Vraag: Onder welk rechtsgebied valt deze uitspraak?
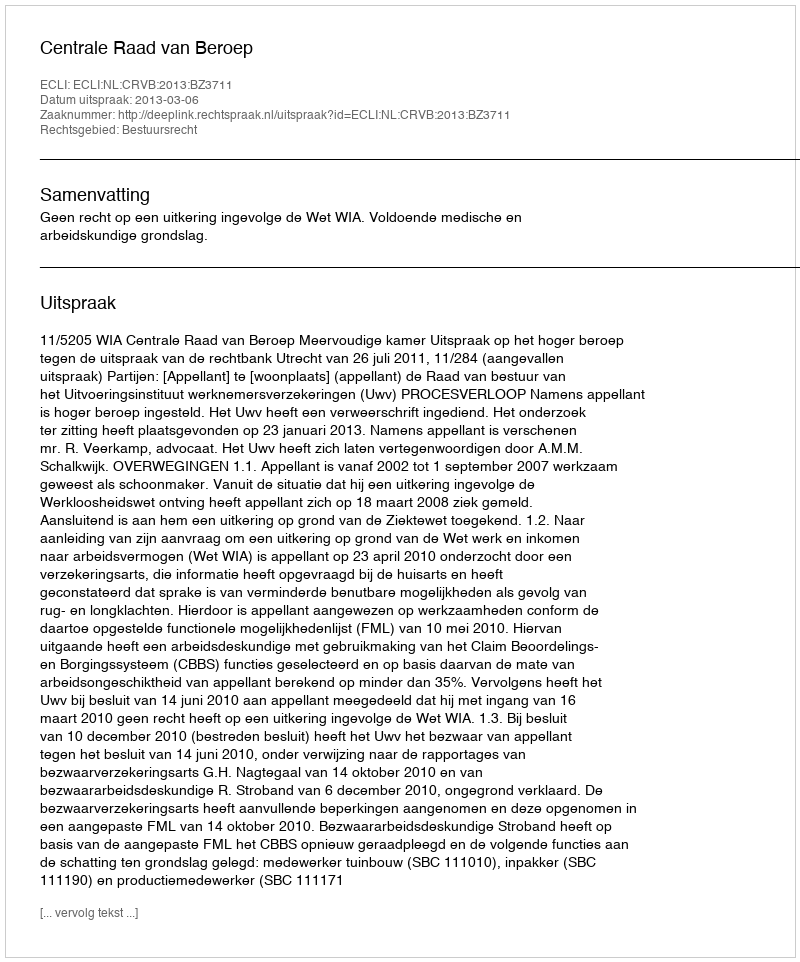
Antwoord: Bestuursrecht